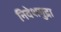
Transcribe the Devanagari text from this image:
निवेशमुद्रा